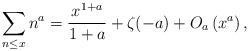
LaTeX: \begin{align*} \sum_{n\leq x}n^a =\frac{x^{1+a}}{1+a} + \zeta(-a) + O_{a}\left(x^a \right),\end{align*}